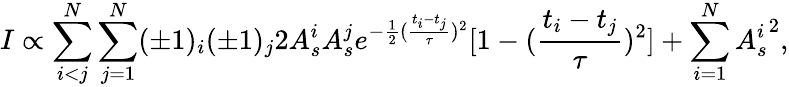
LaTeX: I\propto\sum_{i<j}^{N}\sum_{j=1}^{N}(\pm 1)_{i}(\pm 1)_{j}2A_{s}^{i}A_{s}^{j}e^{-\frac{1}{2}(\frac{t_{i}-t_{j}}{\tau})^{2}}[1-(\frac{t_{i}-t_{j}}{\tau})^{2}]+\sum_{i=1}^{N}{A_{s}^{i}}^{2},